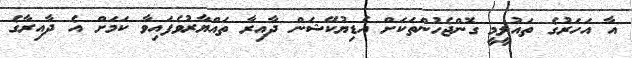
އާ އަހަރުގެ ތައުލީމީ ގޮންޖެހުންތަކަށް އެޑިޔުކޭޝަން ދާއިރާ ތައްޔާރުވެފައިވާ ކަމަށް އެ ދާއިރާގެ